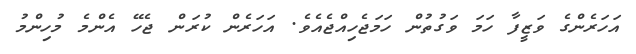
އަހަރެންގެ ވަޒީފާ ހަމަ ވަގުތުން ހަމަޖެހިއްޖެއެވެ. އަހަރެން ކުރަން ޖެހޭ އެންމެ މުހިންމު